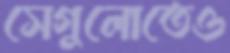
সেগুলোতেও